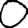
Digit: 0